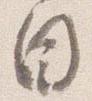
目